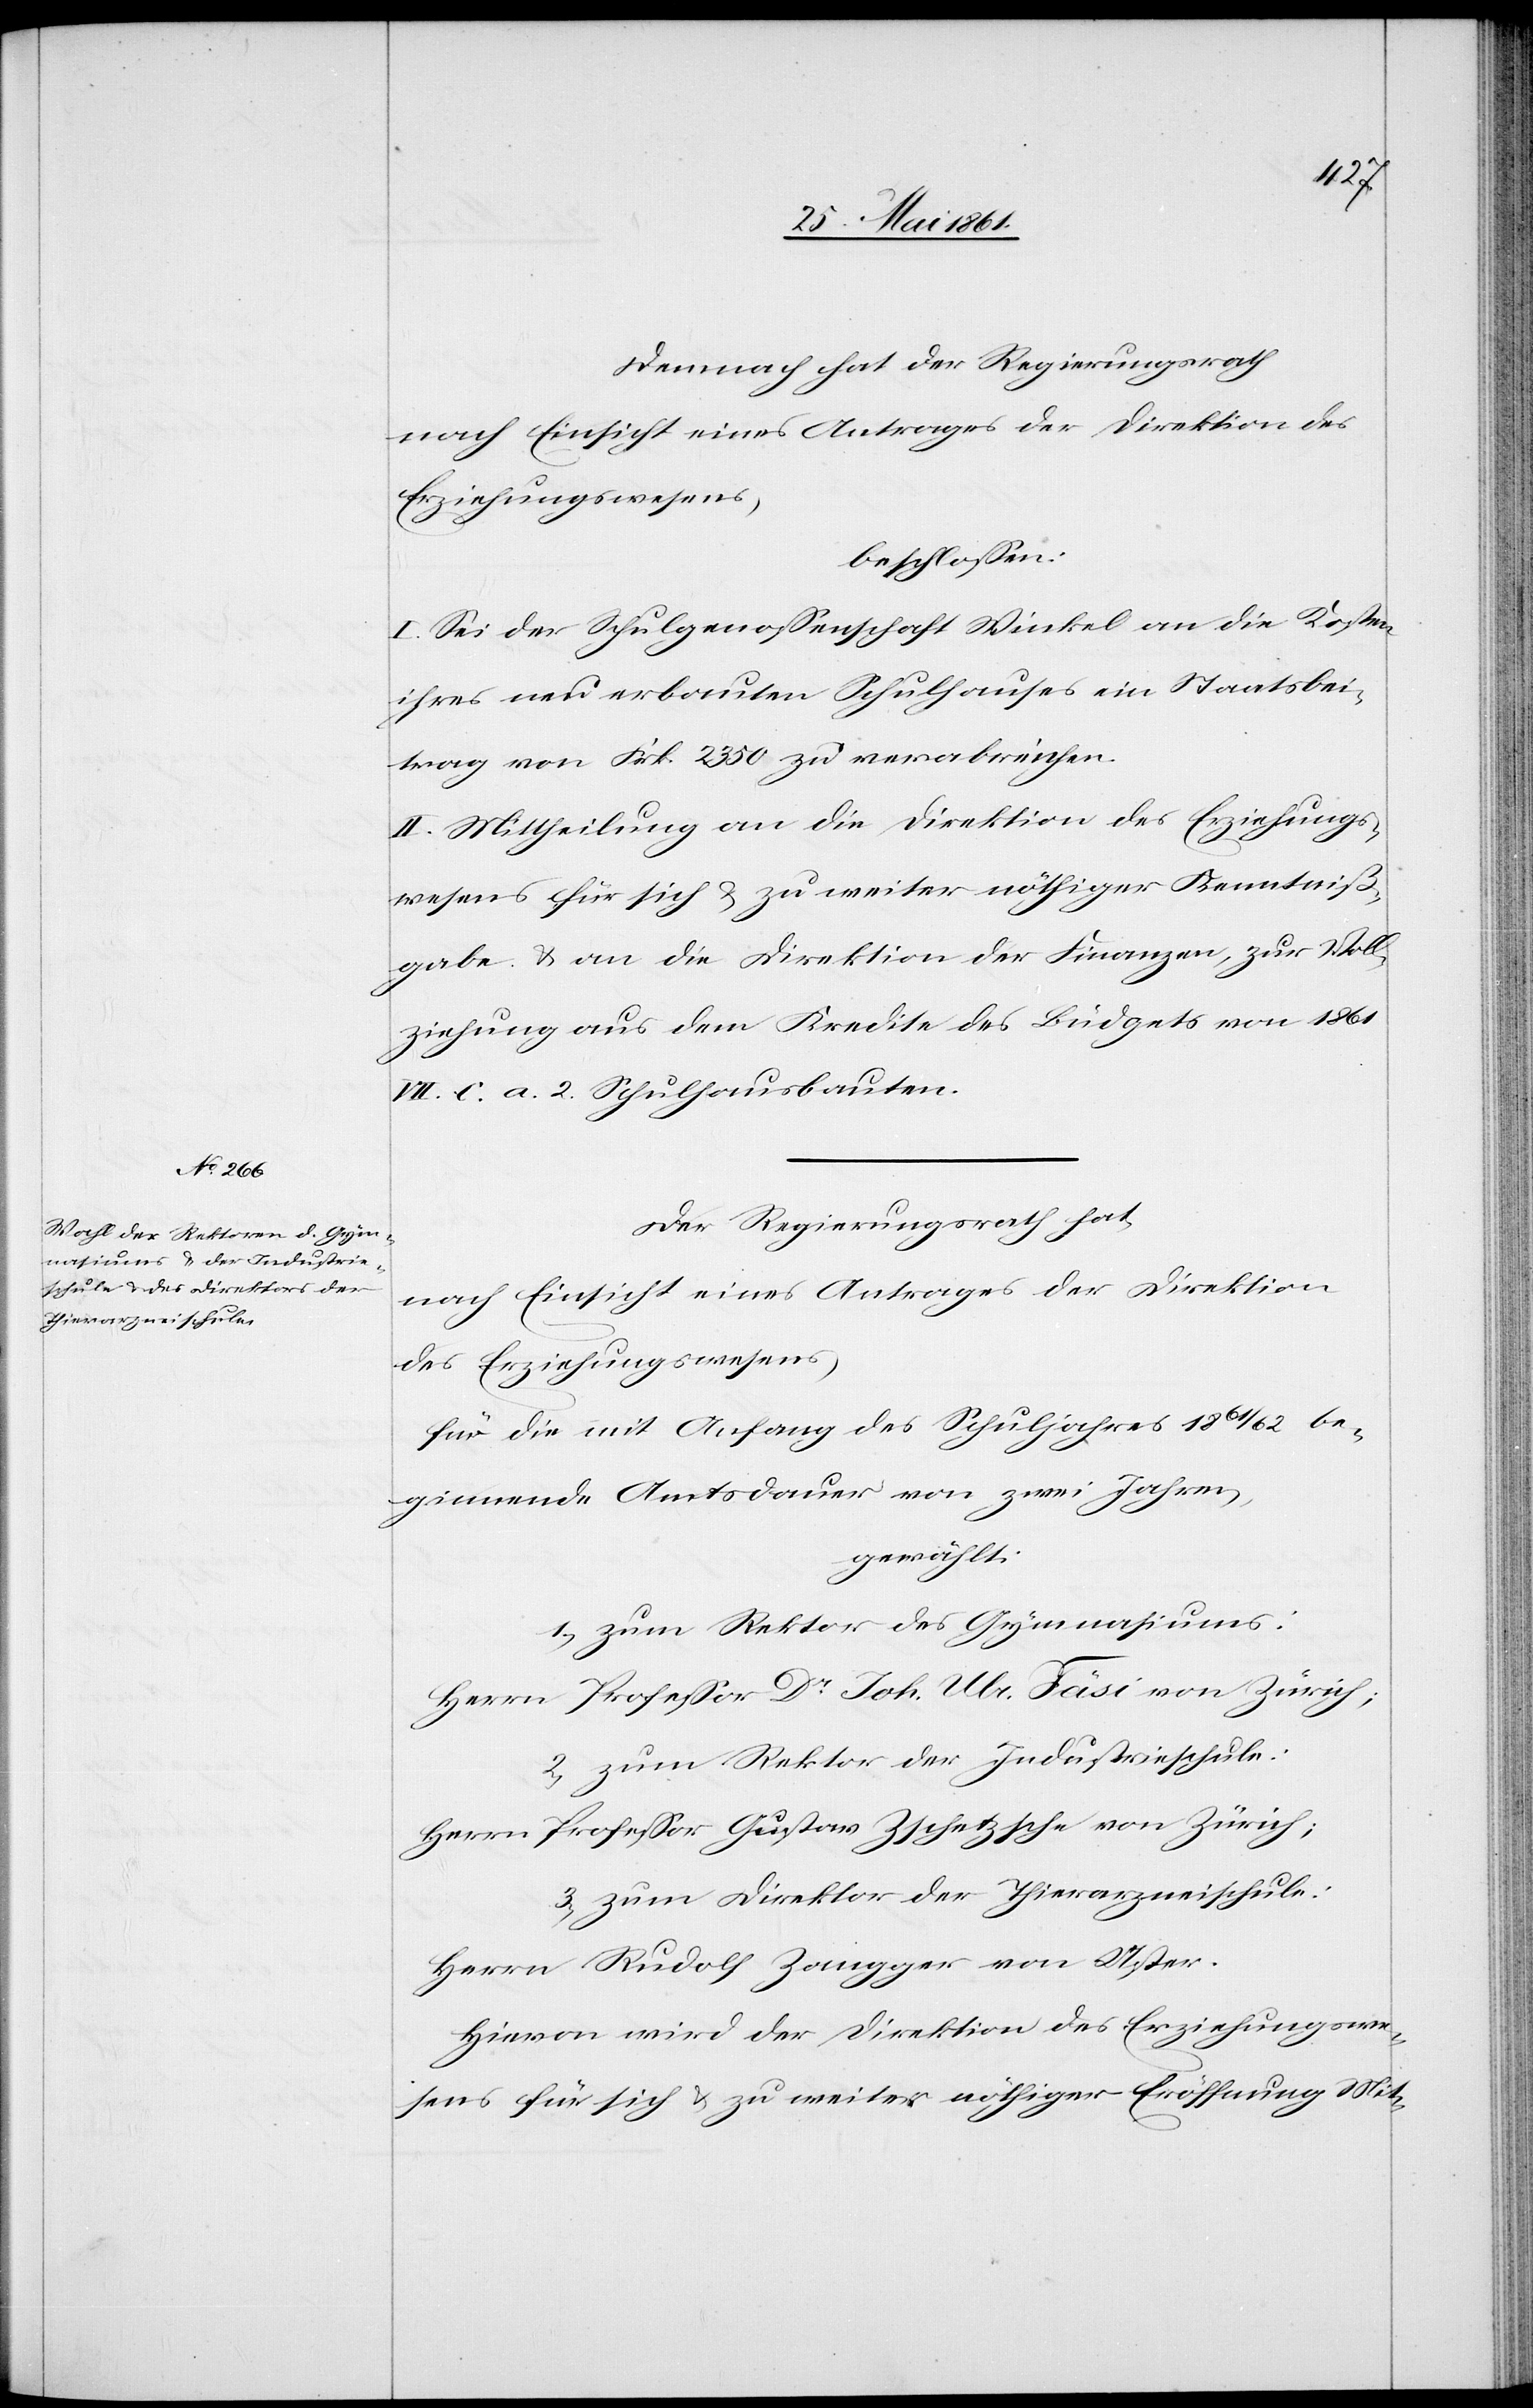
Demnach hat der Regierungsrath
nach Einsicht eines Antrages der Direktion des
Erziehungswesens,
beschlossen:
I. Sei der Schulgenossenschaft Winkel an die Kosten
ihres neu erbauten Schulhauses ein Staatsbei¬
trag von Frk. 2350 zu verabreichen.
II. Mittheilung an die Direktion des Erziehungs¬
wesens für sich u. zu weiter nöthiger Kenntniß¬
gabe u. an die Direktion der Finanzen, zur Voll¬
ziehung aus dem Kredite des Büdgets von 1861
VII C a. 2 Schulhausbauten.
Der Regierungsrath hat
nach Einsicht eines Antrages der Direktion
des Erziehungswesens,
für die mit Anfang des Schuljahres 1861/62 be¬
ginnende Amtsdauer von zwei Jahren,
gewählt:
1. zum Rektor des Gymnasiums:
Herrn Professor Dr. Joh. Ulr. Fäsi von Zürich;
2. zum Rektor der Industrieschule:
Herrn Professor Gustav Zschetzsche von Zürich;
3. zum Direktor der Thierarzneischule:
Herrn Rudolf Zangger von Uster.
Hievon wird der Direktion des Erziehungswe¬
sens für sich u. zu weiter nöthiger Eröffnung Mit-